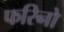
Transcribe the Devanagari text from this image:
फरिनो